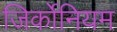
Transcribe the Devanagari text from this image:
जिर्कोनियम